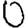
Digit: 0